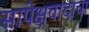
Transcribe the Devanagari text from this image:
सापेक्षवादाचा